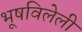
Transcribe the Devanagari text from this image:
भूषविलेली